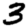
Digit: 3